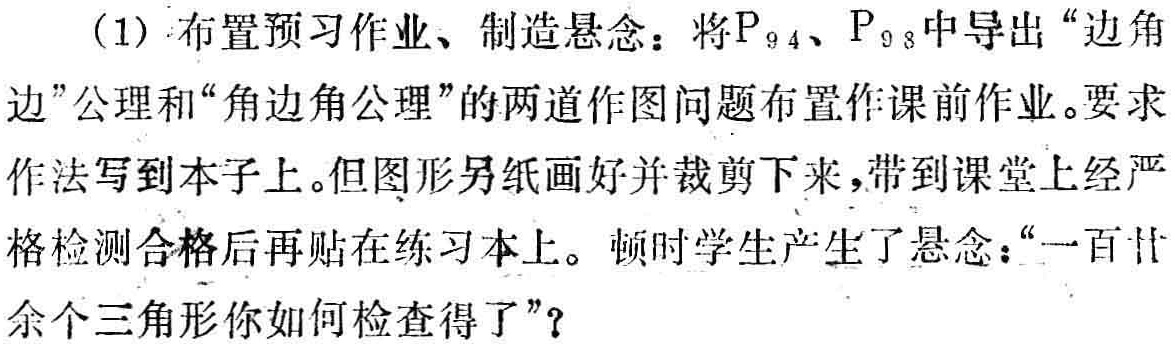
（1）布置预习作业、制造悬念：将\(P_{94}\)、\(P_{98}\)中导出“边角边”公理和“角边角公理”的两道作图问题布置作课前作业。要求作法写到本子上。但图形另纸画好并裁剪下来，带到课堂上经严格检测合格后再贴在练习本上。顿时学生产生了悬念：“一百廿余个三角形你如何检查得了”？